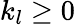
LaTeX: k_{l}\geq 0